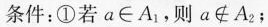
条件：①若a\in A_{1}，则a\notin A_{2}；